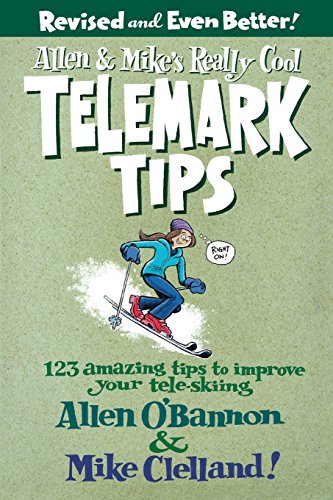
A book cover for Allen & Mike's Really Cool Telemark Tips, Revised and Even Better!: 123 Amazing Tips To Improve Your Tele-Skiing (Allen & Mike's Series); Allen O'bannon; Sports & Outdoors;